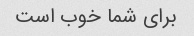
برای شما خوب است